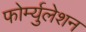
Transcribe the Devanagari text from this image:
फोर्म्युलेशन